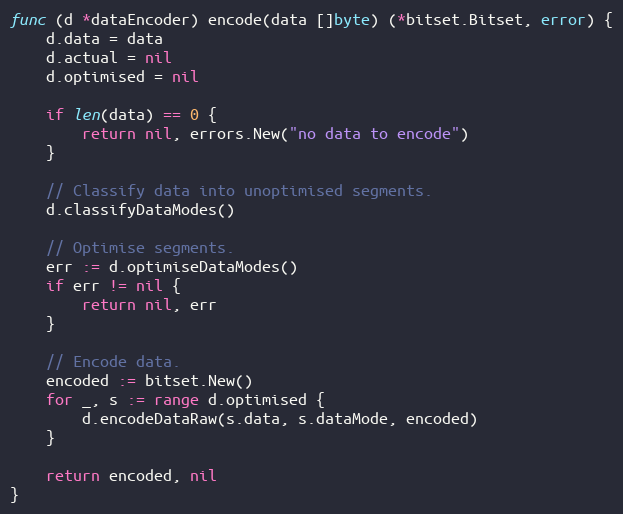
Language: Go
func (d *dataEncoder) encode(data []byte) (*bitset.Bitset, error) {
	d.data = data
	d.actual = nil
	d.optimised = nil

	if len(data) == 0 {
		return nil, errors.New("no data to encode")
	}

	// Classify data into unoptimised segments.
	d.classifyDataModes()

	// Optimise segments.
	err := d.optimiseDataModes()
	if err != nil {
		return nil, err
	}

	// Encode data.
	encoded := bitset.New()
	for _, s := range d.optimised {
		d.encodeDataRaw(s.data, s.dataMode, encoded)
	}

	return encoded, nil
}